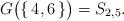
LaTeX: \begin{align*} G \big( \{\, 4,6 \,\} \big) = S_{ 2,5 }.\end{align*}